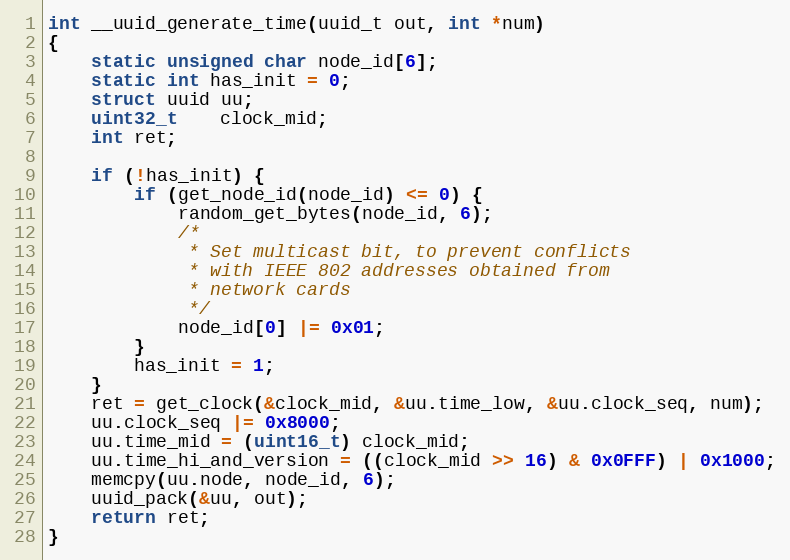
Language: C
int __uuid_generate_time(uuid_t out, int *num)
{
	static unsigned char node_id[6];
	static int has_init = 0;
	struct uuid uu;
	uint32_t	clock_mid;
	int ret;

	if (!has_init) {
		if (get_node_id(node_id) <= 0) {
			random_get_bytes(node_id, 6);
			/*
			 * Set multicast bit, to prevent conflicts
			 * with IEEE 802 addresses obtained from
			 * network cards
			 */
			node_id[0] |= 0x01;
		}
		has_init = 1;
	}
	ret = get_clock(&clock_mid, &uu.time_low, &uu.clock_seq, num);
	uu.clock_seq |= 0x8000;
	uu.time_mid = (uint16_t) clock_mid;
	uu.time_hi_and_version = ((clock_mid >> 16) & 0x0FFF) | 0x1000;
	memcpy(uu.node, node_id, 6);
	uuid_pack(&uu, out);
	return ret;
}